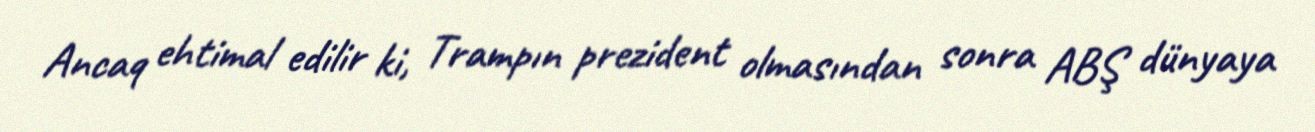
Ancaq ehtimal edilir ki, Trampın prezident olmasından sonra ABŞ dünyaya